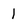
Character: 1